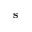
\mathbf { s }